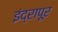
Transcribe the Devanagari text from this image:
इंद्रापूर